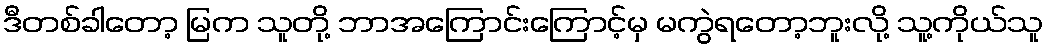
ဒီတစ်ခါတော့ မြက သူတို့ ဘာအကြောင်းကြောင့်မှ မကွဲရတော့ဘူးလို့ သူ့ကိုယ်သူ